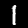
Label: 1